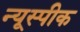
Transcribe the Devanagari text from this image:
न्यूस्पीक